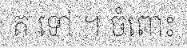
ត ទៅ ។ ចំពោះ